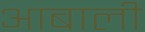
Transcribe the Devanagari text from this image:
आबाली